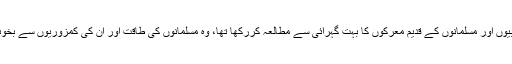
اس نے صلیبیوں اور مسلمانوں کے قدیم معرکوں کا بہت گہرائی سے مطالعہ کررکھا تھا، وہ مسلمانوں کی طاقت اور ان کی کمزوریوں سے بخوبی واقف تھا۔